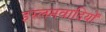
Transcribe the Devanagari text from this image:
इस्लमवादियों